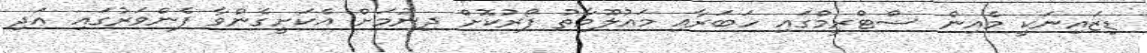
ޑިޒައިނަކީ މެއިން ސްޓްރީމްގައި ހަބަރާއި މައުލޫމާތު ފޯރުކޮށް ދިނުމަށް އެކަށީގެންވާ ފެންވަރުގައި އަދި